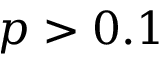
p > 0 . 1